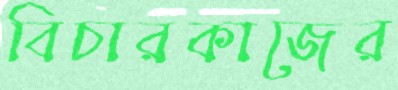
বিচারকাজের